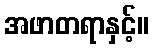
အဖာတရာနှင့်။